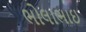
ભોલાભાઇ